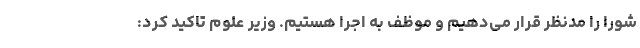
شورا را مدنظر قرار می‌دهیم و موظف به اجرا هستیم. وزیر علوم تاکید کرد: